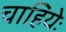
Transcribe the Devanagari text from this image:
चाहियेः